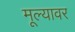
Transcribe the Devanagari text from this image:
मूल्यावर